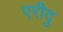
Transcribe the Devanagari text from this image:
एरीदु